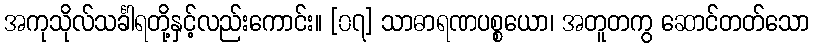
အကုသိုလ်သင်္ခါရတို့နှင့်လည်းကောင်း။ [၀၇] သာဓာရဏပစ္စယော၊ အတူတကွ ဆောင်တတ်သော